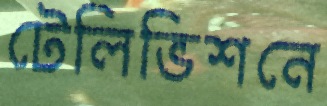
টেলিভিশনে